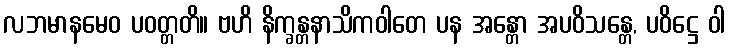
လဘမာနမေဝ ပဝတ္တတိ။ ဗဟိ နိက္ခန္တနာသိကဝါတေ ပန အန္တော အပဝိသန္တေ, ပဝိဋ္ဌေ ဝါ